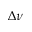
\Delta \nu